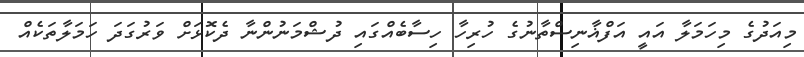
މިއަދުގެ މިހަމަލާ އައީ އަފްޣާނިސްތާނުގެ ހުރިހާ ހިސާބެއްގައި ދުޝްމަނުންނާ ދެކޮޅަށް ވަރުގަދަ ހަމަލާތަކެއް